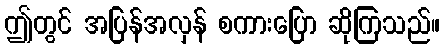
ဤတွင် အပြန်အလှန် စကားပြော ဆိုကြသည်။